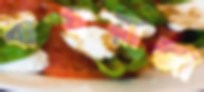
বাঘরাজা